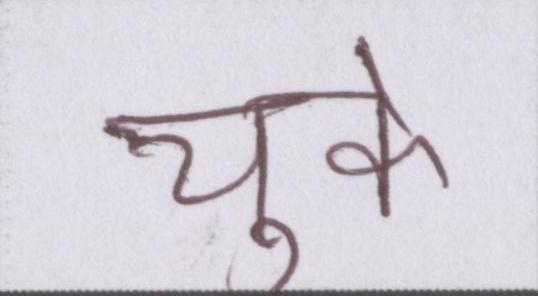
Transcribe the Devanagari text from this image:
चुके